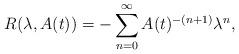
LaTeX: \begin{align*}R(\lambda, A(t)) = -\sum_{n=0}^{\infty} A(t)^{-(n+1)} \lambda^n,\end{align*}